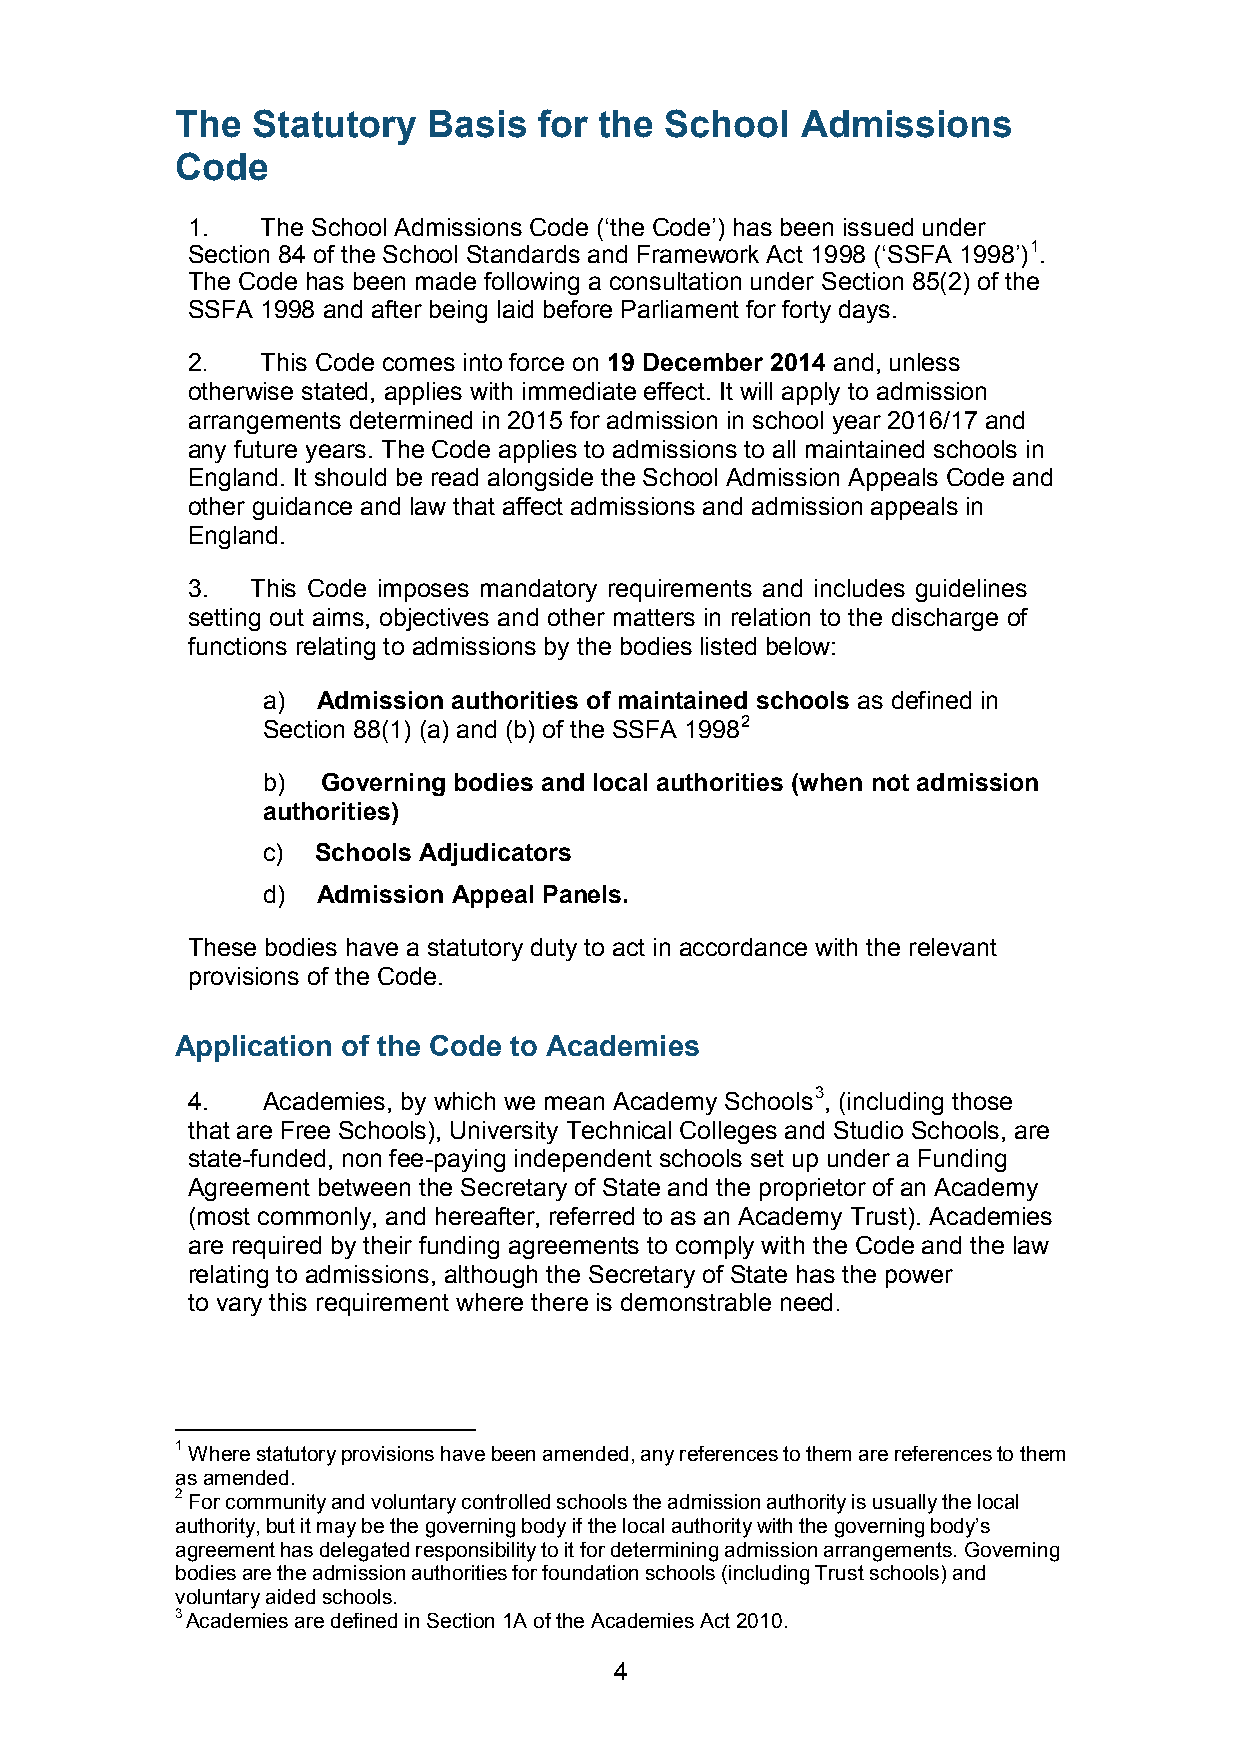
The  Statutory  Basis   for the School   Admissions
 Code
 1.   The School Admissions Code (‘the Code’) has been issued under
 Section 84 of the School Standards and Framework Act 1998 (‘SSFA 1998’)1.
 The Code has been made following a consultation under Section 85(2) of the
 SSFA 1998 and after being laid before Parliament for forty days.
 2.   This Code comes into force on 19 December 2014 and, unless
 otherwise stated, applies with immediate effect. It will apply to admission
 arrangements determined in 2015 for admission in school year 2016/17 and
 any future years. The Code applies to admissions to all maintained schools in
 England. It should be read alongside the School Admission Appeals Code and
 other guidance and law that affect admissions and admission appeals in
 England.
 3.   This Code imposes mandatory requirements and includes guidelines
 setting out aims, objectives and other matters in relation to the discharge of
 functions relating to admissions by the bodies listed below:
 a)  Admission authorities of maintained schools as defined in
 Section 88(1) (a) and (b) of the SSFA 19982
 b)  Governing bodies and local authorities (when not admission
 authorities)
 c)  Schools Adjudicators
 d)  Admission Appeal Panels.
 These bodies have a statutory duty to act in accordance with the relevant
 provisions of the Code.
 Application of the Code to Academies
 4.   Academies, by which we mean Academy Schools3, (including those
 that are Free Schools), University Technical Colleges and Studio Schools, are
 state-funded, non fee-paying independent schools set up under a Funding
 Agreement between the Secretary of State and the proprietor of an Academy
 (most commonly, and hereafter, referred to as an Academy Trust). Academies
 are required by their funding agreements to comply with the Code and the law
 relating to admissions, although the Secretary of State has the power
 to vary this requirement where there is demonstrable need.
 1 Where statutory provisions have been amended, any references to them are references to them
 as amended.
 2 For community and voluntary controlled schools the admission authority is usually the local
 authority, but it may be the governing body if the local authority with the governing body’s
 agreement has delegated responsibility to it for determining admission arrangements. Governing
 bodies are the admission authorities for foundation schools (including Trust schools) and
 voluntary aided schools.
 3 Academies are defined in Section 1A of the Academies Act 2010.
 4